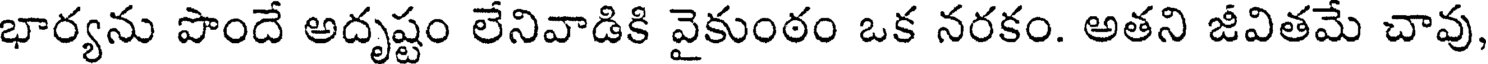
భార్యను పొందే అదృష్టం లేనివాడికి వైకుంఠం ఒక నరకం. అతని జీవితమే చావు